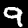
Label: 9